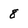
Character: 8